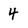
Character: 4